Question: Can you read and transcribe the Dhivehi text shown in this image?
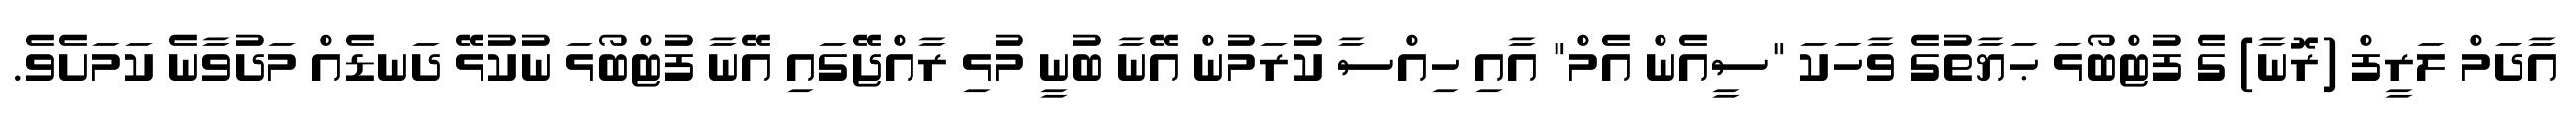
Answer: އާދަމް ލަރީފް (ރޮނާ) ގެ ފުޓްބޯޅަ ޙަޔާތުގެ ވާހަކަ "ސީއެން އެމް" އާއި ހިއްސާ ކުރަމުން އޭނާ ބުނީ މުޅި ރާއްޖޭގައި އޭނާ ފުޓްބޯޅަ ނުކުޅޭ ދަނޑެއް މަދުވާނެ ކަމަށެވެ.